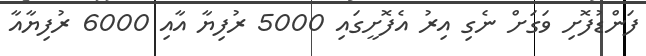
ފަންޑުފޮށި ވަގަށް ނެގި އިރު އެފޮށީގައި 5000 ރުފިޔާ އާއި 6000 ރުފިޔާއާ